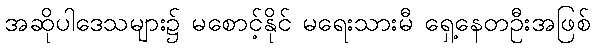
အဆိုပါဒေသများ၌ မစောင့်နိုင် မရေးသားမီ ရှေ့နေတဦးအဖြစ်